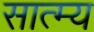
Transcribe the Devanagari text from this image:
सात्म्य